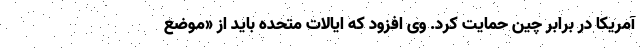
آمریکا در برابر چین حمایت کرد. وی افزود که ایالات متحده باید از «موضع